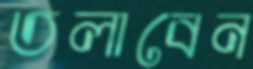
তলাবেন